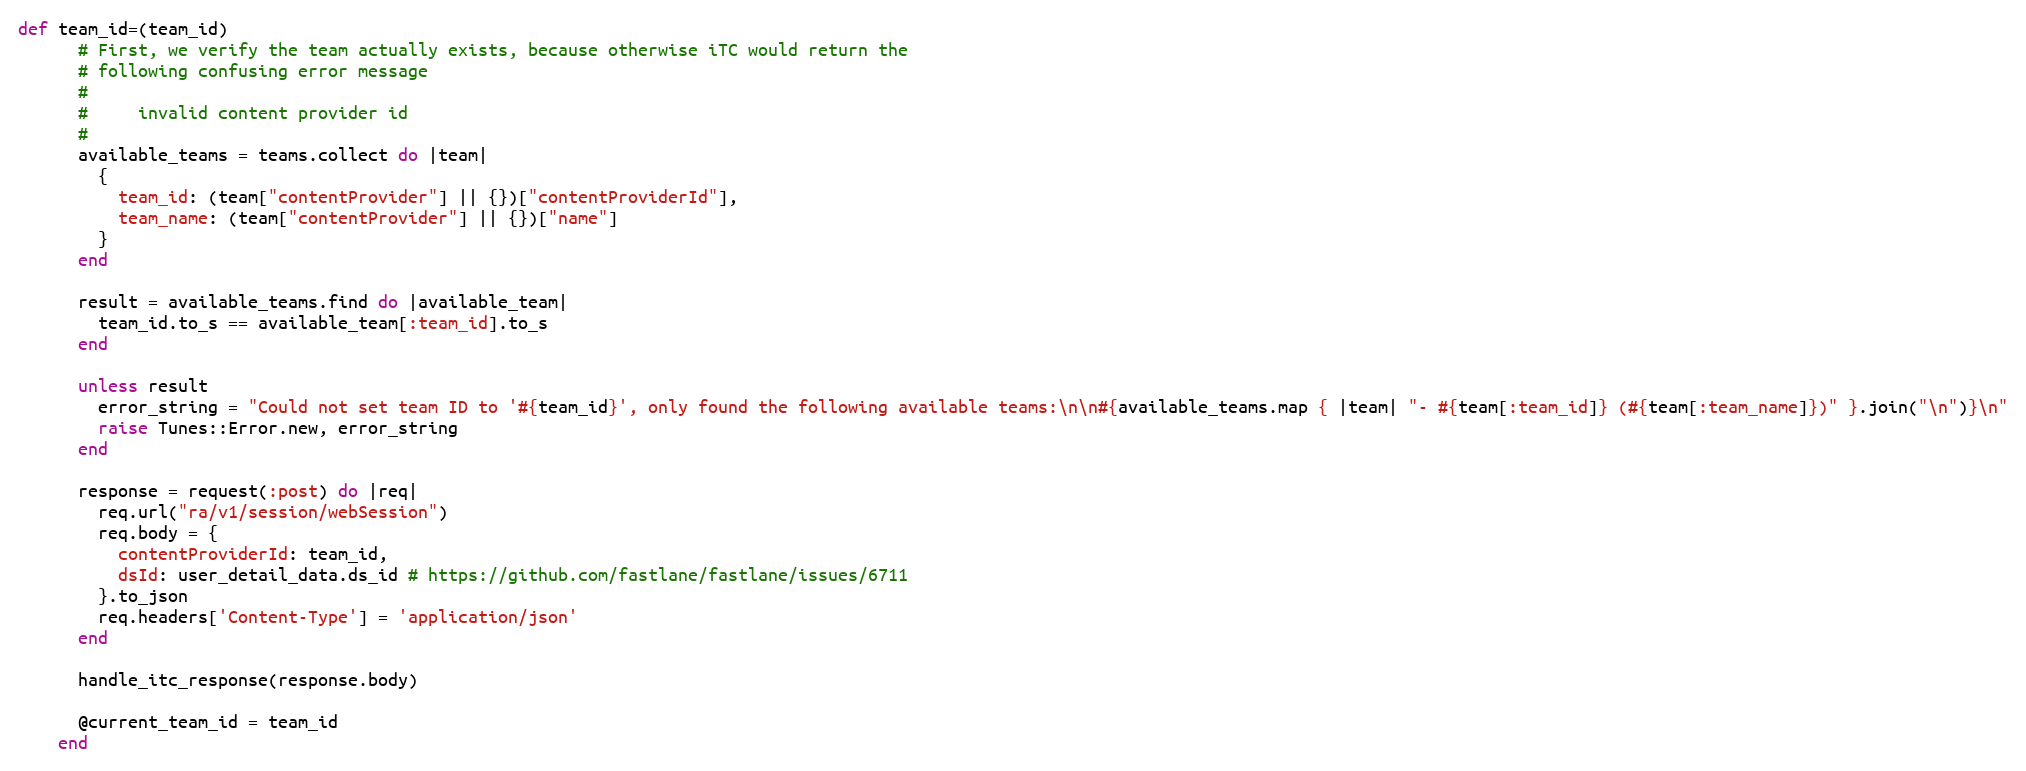
Language: Ruby
def team_id=(team_id)
      # First, we verify the team actually exists, because otherwise iTC would return the
      # following confusing error message
      #
      #     invalid content provider id
      #
      available_teams = teams.collect do |team|
        {
          team_id: (team["contentProvider"] || {})["contentProviderId"],
          team_name: (team["contentProvider"] || {})["name"]
        }
      end

      result = available_teams.find do |available_team|
        team_id.to_s == available_team[:team_id].to_s
      end

      unless result
        error_string = "Could not set team ID to '#{team_id}', only found the following available teams:\n\n#{available_teams.map { |team| "- #{team[:team_id]} (#{team[:team_name]})" }.join("\n")}\n"
        raise Tunes::Error.new, error_string
      end

      response = request(:post) do |req|
        req.url("ra/v1/session/webSession")
        req.body = {
          contentProviderId: team_id,
          dsId: user_detail_data.ds_id # https://github.com/fastlane/fastlane/issues/6711
        }.to_json
        req.headers['Content-Type'] = 'application/json'
      end

      handle_itc_response(response.body)

      @current_team_id = team_id
    end